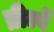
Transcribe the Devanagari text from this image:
ब्रीर्ल्ये